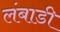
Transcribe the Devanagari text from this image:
लंबाडी